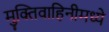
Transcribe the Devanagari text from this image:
मुक्तिवाहिनीमध्ये